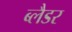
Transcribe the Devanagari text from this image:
ब्‍लैडर